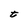
Character: t